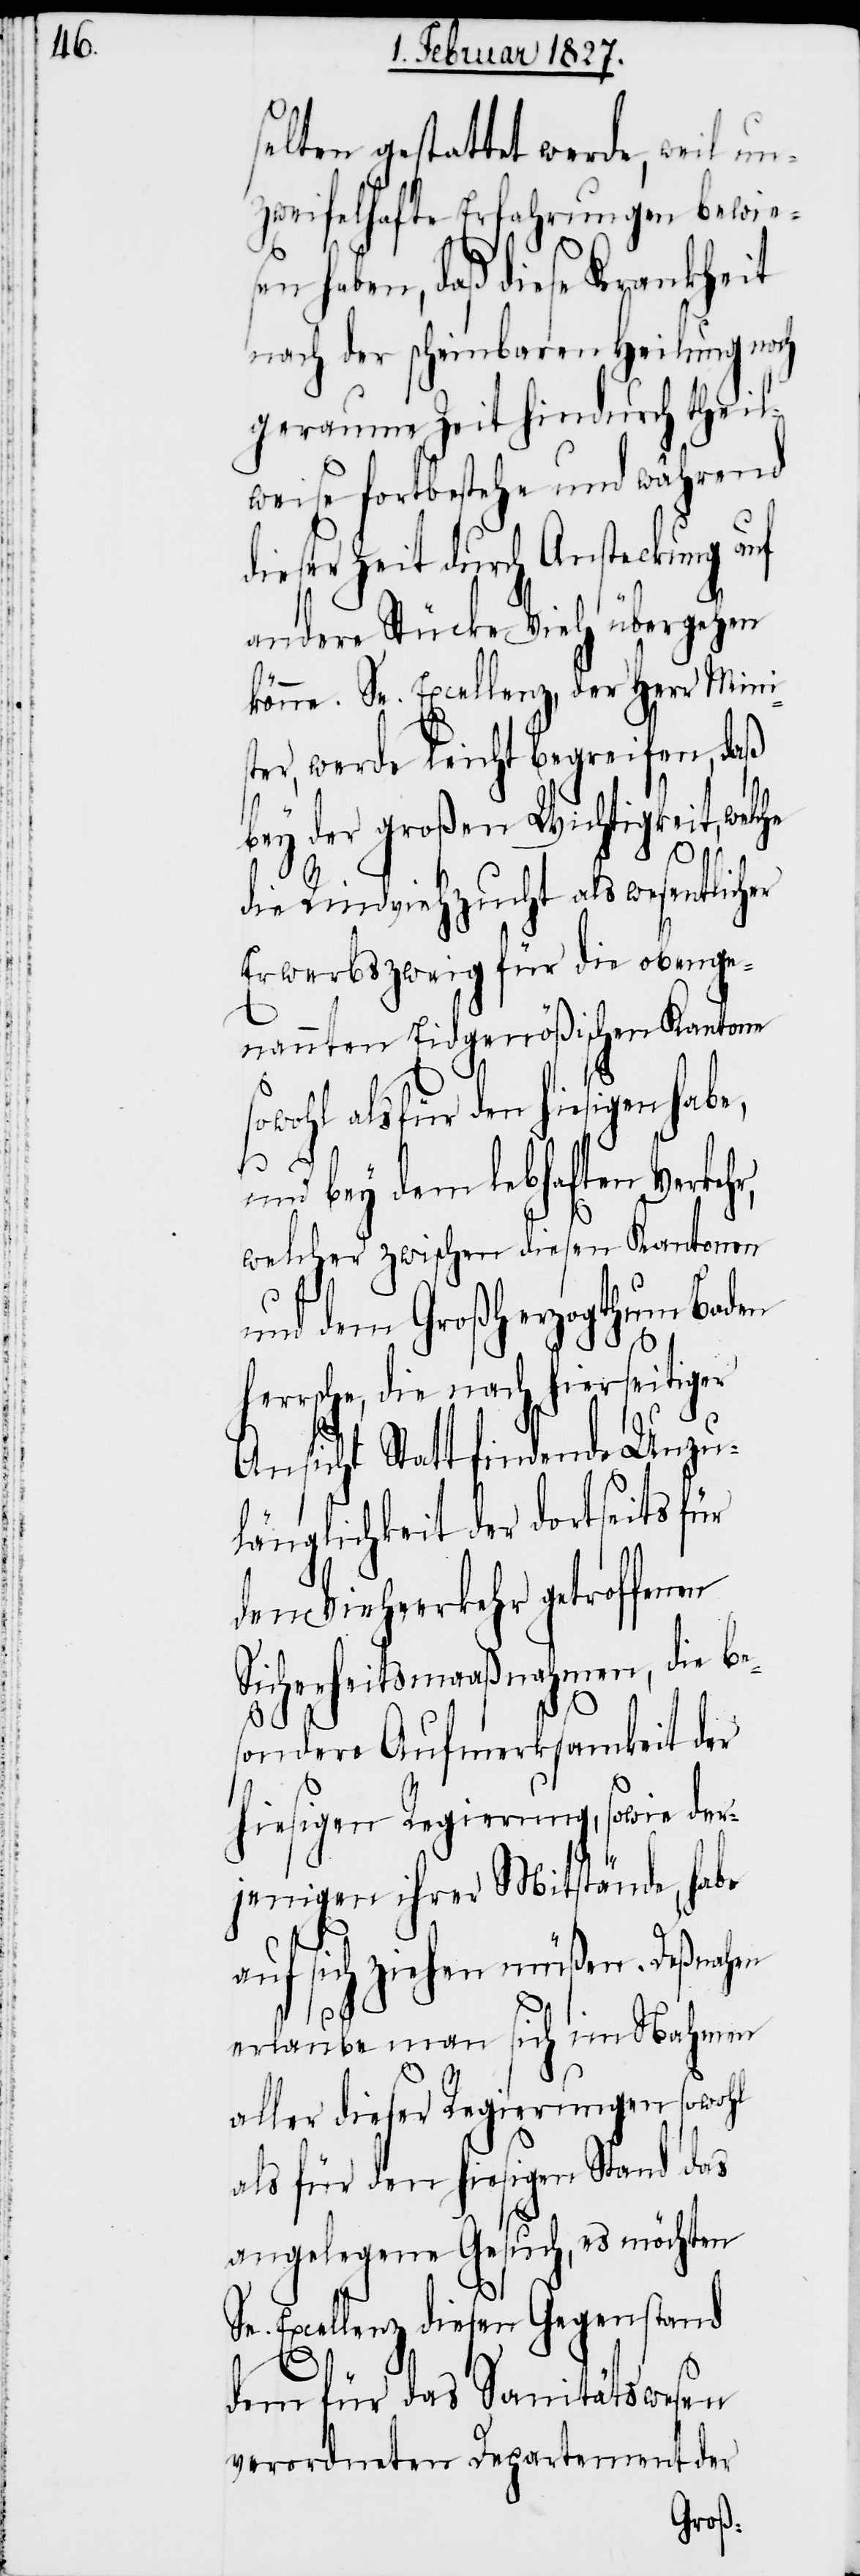
selten gestattet werde, weil un¬
zweifelhafte Erfahrungen bewies¬
en haben, daß diese Krankheit
nach der scheinbaren Heilung noch
geraume Zeit hindurch theil¬
weise fortbestehe und während
dieser Zeit durch Ansteckung auf
andere Stücke Vieh übergehen
könne. Se. Excellenz, der Herr Min¬
er, werde leicht begreifen, daß
bey der großen Wichtigkeit,
die Rindviehzucht als wesentlicher
Erwerbszweig für die obenge¬
nannten Eidgenößischen Kantone
owohl als für den hiesigen habe,
her¬
s¬
und bey dem lebhaften Verkeh¬
welcher zwischen diesen Kantonen
und dem Großherzogthum Baden
rsche, die nach hierseitiger
Ansicht Statt findende Unzu¬
länglichkeit der dortseits für
den Viehverkehr getroffenen
Sicherheitsmaßnahmen, die be¬
sondere Aufmerksamkeit der
hiesigen Regierung, sowie der¬
jenigen ihrer Mitstände, habe
auf sich ziehen müßen. Deßnahen
erlaube man sich im Nahmen
aller dieser Regierungen sowohl
als für den hiesigen Stand das
angelegene Gesuch, es möchten
Se. Excellenz diesen Gegenstand
dem für das Sanitätswesen
verordneten Departement der